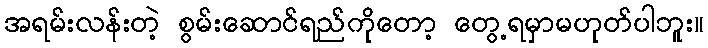
အရမ်းလန်းတဲ့ စွမ်းဆောင်ရည်ကိုတော့ တွေ့ရမှာမဟုတ်ပါဘူး။